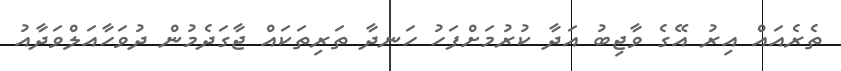
ތެރެއައް އިރު އޭގެ ވާޖިބު އަދާ ކުރުމަށްފަހު ހަނދާ ތަރިތަކައް ޖާގަދެމުން ދުވަހާއަލްވަދާއު